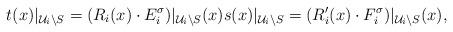
LaTeX: \begin{align*}t(x)\vert_{\mathcal{U}_i \setminus S}=(R_i(x) \cdot E_i^\sigma) \vert_{\mathcal{U}_i \setminus S}(x) s(x)\vert_{\mathcal{U}_i \setminus S}=(R_i'(x) \cdot F_i^\sigma) \vert_{\mathcal{U}_i \setminus S}(x), \end{align*}